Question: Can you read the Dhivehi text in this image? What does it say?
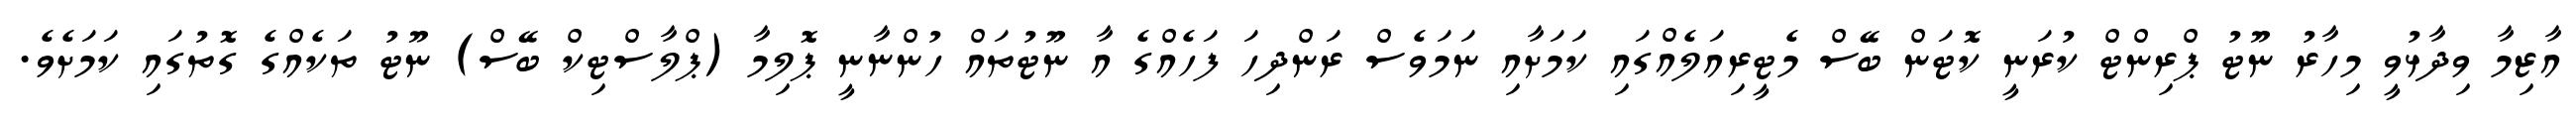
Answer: އާޒިމާ ވިދާޅުވީ މިހާރު ނޫޓު ޕްރިންޓް ކުރަނީ ކޮޓަން ބޭސް މެޓީރިއަލެއްގައި ކަމަށާއި ނަމަވެސް ރަންދިހަ ފަހެއްގެ އާ ނޫޓުތައް ހުންނާނީ ޕޮލިމާ (ޕްލާސްޓިކް ބޭސް) ނޫޓު ތަކެއްގެ ގޮތުގައި ކަމަށެވެ.